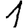
Digit: 1